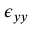
\epsilon _ { y y }